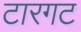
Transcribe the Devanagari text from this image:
टारगट